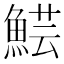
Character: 𩸜